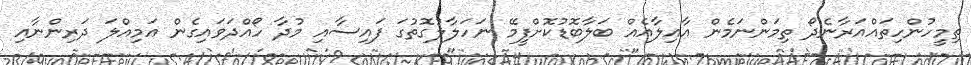
ތިމީހުންހިތައްއަރާނެދޯ ތިމަންނަމެން އާއިލާއެއް ބަލާބޮޑުކޮށްފީމޭ ނަހަލާާލުގޮތުގަ ފައިސާއި މުދާ ހޯއްދަވައިގެން އަމިއްލަ ދަރިންނާއި